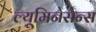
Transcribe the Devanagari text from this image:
ल्यूमिनेसेन्स